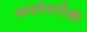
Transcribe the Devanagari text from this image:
काद्रवेयांपैकी